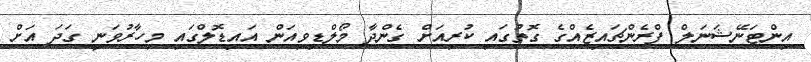
އިންޓަނޭޝަނަލް ފްރެންޗައިޒެއްގެ ގޮތުގައި ކުރިއަށް ގެންދާ މޯލްޑިވިއަން އައިޑޮލްގައި މިހާރުވަނީ ގަދަ އަށް